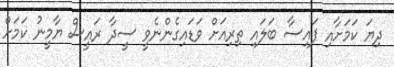
ދިޔަ ކަމަށާއި ފައިސާ ބަލައި ތިރިއަށް ވަޑައިގެންނެވީ ސީދާ ރައީސް ޔާމީނު ކަމަށް